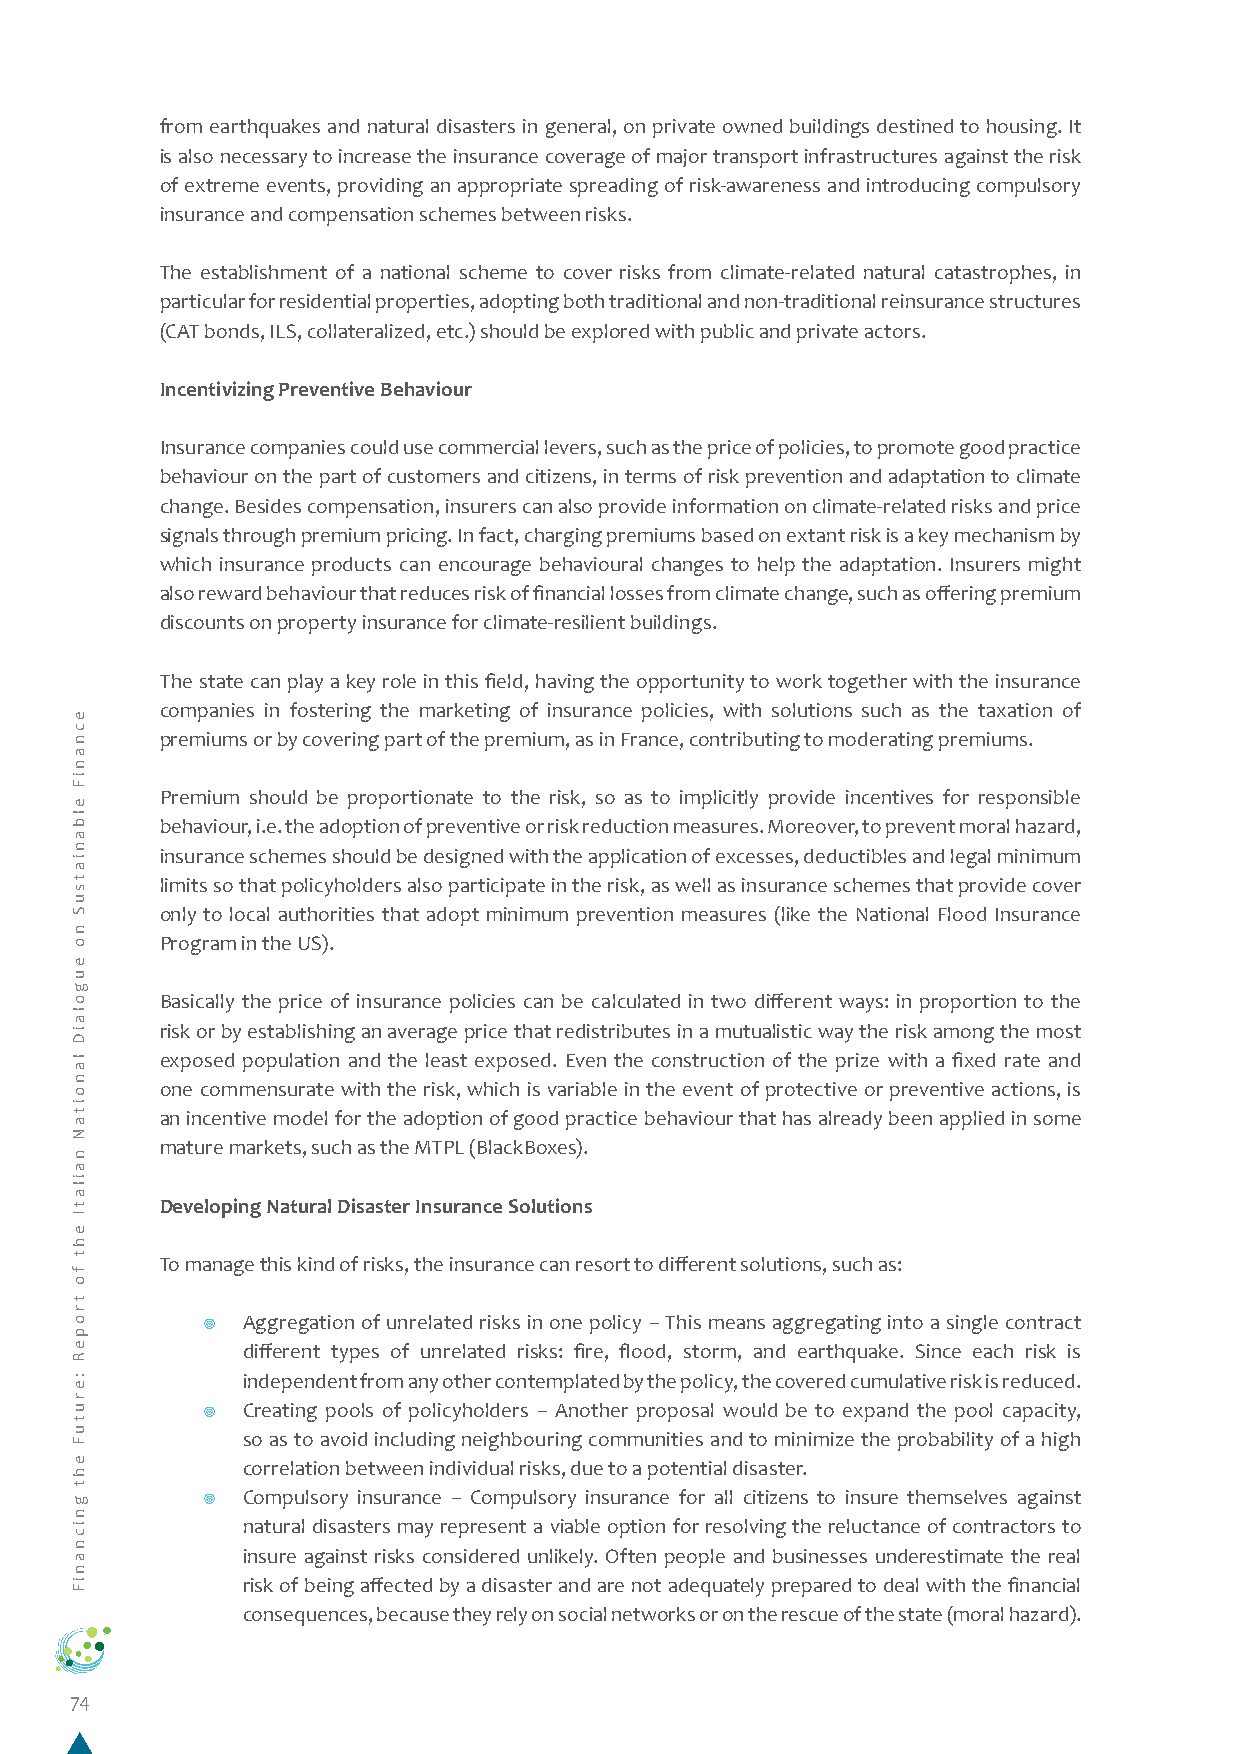
from earthquakes and natural disasters in general, on private owned buildings destined to housing. It
 is also necessary to increase the insurance coverage of major transport infrastructures against the risk
 of extreme events, providing an appropriate spreading of risk-awareness and introducing compulsory
 insurance and compensation schemes between risks.
 The establishment of a national scheme to cover risks from climate-related natural catastrophes, in
 particular for residential properties, adopting both traditional and non-traditional reinsurance structures
 (CAT bonds, ILS, collateralized, etc.) should be explored with public and private actors.
 Incentivizing Preventive Behaviour
 Insurance companies could use commercial levers, such as the price of policies, to promote good practice
 behaviour on the part of customers and citizens, in terms of risk prevention and adaptation to climate
 change. Besides compensation, insurers can also provide information on climate-related risks and price
 signals through premium pricing. In fact, charging premiums based on extant risk is a key mechanism by
 which insurance products can encourage behavioural changes to help the adaptation. Insurers might
 also reward behaviour that reduces risk of financial losses from climate change, such as offering premium
 discounts on property insurance for climate-resilient buildings.
 The state can play a key role in this field, having the opportunity to work together with the insurance
 companies in fostering the marketing of insurance policies, with solutions such as the taxation of
 premiums or by covering part of the premium, as in France, contributing to moderating premiums.
 Premium should be proportionate to the risk, so as to implicitly provide incentives for responsible
 behaviour, i.e. the adoption of preventive or risk reduction measures. Moreover, to prevent moral hazard,
 insurance schemes should be designed with the application of excesses, deductibles and legal minimum
 limits so that policyholders also participate in the risk, as well as insurance schemes that provide cover
 only to local authorities that adopt minimum prevention measures (like the National Flood Insurance
 Program in the US).
 Basically the price of insurance policies can be calculated in two different ways: in proportion to the
 risk or by establishing an average price that redistributes in a mutualistic way the risk among the most
 exposed population and the least exposed. Even the construction of the prize with a fixed rate and
 one commensurate with the risk, which is variable in the event of protective or preventive actions, is
 an incentive model for the adoption of good practice behaviour that has already been applied in some
 mature markets, such as the MTPL (BlackBoxes).
 Developing Natural Disaster Insurance Solutions
 To manage this kind of risks, the insurance can resort to different solutions, such as:
 ¥  Aggregation of unrelated risks in one policy – This means aggregating into a single contract
 different types of unrelated risks: fire, flood, storm, and earthquake. Since each risk is
 independent from any other contemplated by the policy, the covered cumulative risk is reduced.
 ¥  Creating pools of policyholders – Another proposal would be to expand the pool capacity,
 so as to avoid including neighbouring communities and to minimize the probability of a high
 correlation between individual risks, due to a potential disaster.
 ¥  Compulsory insurance – Compulsory insurance for all citizens to insure themselves against
 natural disasters may represent a viable option for resolving the reluctance of contractors to
 insure against risks considered unlikely. Often people and businesses underestimate the real
 risk of being affected by a disaster and are not adequately prepared to deal with the financial
 consequences, because they rely on social networks or on the rescue of the state (moral hazard).
 74
 ecnaniF
 elbaniatsuS
 no
 eugolaiD
 lanoitaN
 nailatI
 eht
 fo
 tropeR
 :erutuF
 eht
 gnicnaniF